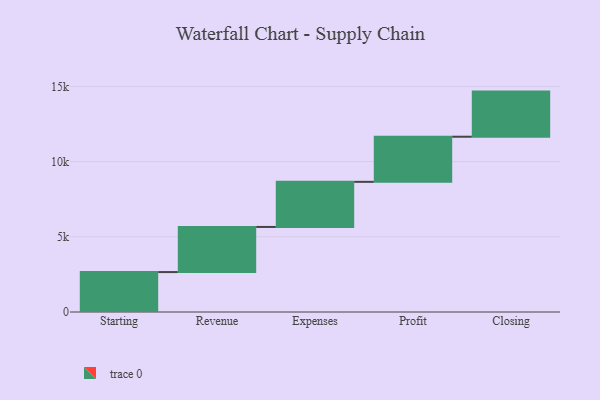
{"axis": {"x": "Step", "y": "Value"}, "legend": [""], "data": [{"x": "Starting", "y": 2655.0, "type": ""}, {"x": "Revenue", "y": 3000, "type": ""}, {"x": "Expenses", "y": 3000, "type": ""}, {"x": "Profit", "y": 3000, "type": ""}, {"x": "Closing", "y": 3000, "type": ""}]}